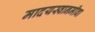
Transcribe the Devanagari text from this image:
मादयस्वानमीवा